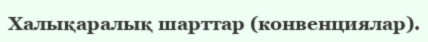
Халықаралық шарттар (конвенциялар).